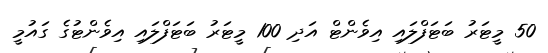
50 މީޓަރު ބަޓަފްލައި އިވެންޓް އަދި 100 މީޓަރު ބަޓަފްލައި އިވެންޓުގެ ގައުމީ